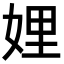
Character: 娌